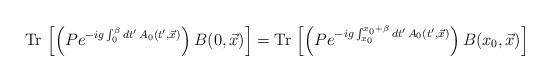
LaTeX: \begin{align*}{\rm Tr}\,\left[\left(P e^{-ig\int_{0}^{\beta} dt'\,A_{0}(t',\vec{x})}\right)B(0,\vec{x})\right] = {\rm Tr}\,\left[\left(P e^{-ig\int_{x_{0}}^{x_{0}+\beta} dt'\,A_{0}(t',\vec{x})}\right)B(x_{0},\vec{x})\right]\end{align*}